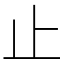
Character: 止